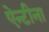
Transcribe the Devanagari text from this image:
ऐन्टीना